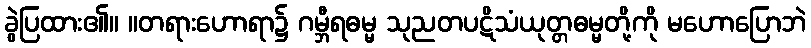
ခွဲပြထား၏။ ။တရားဟောရာ၌ ဂမ္ဘီရဓမ္မ သုညတပဋိသံယုတ္တဓမ္မတို့ကို မဟောပြောဘဲ